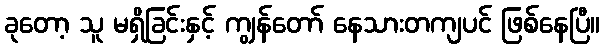
ခုတော့ သူ မရှိခြင်းနှင့် ကျွန်တော် နေသားတကျပင် ဖြစ်နေပြီ။